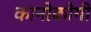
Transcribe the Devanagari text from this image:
कानोकोगी